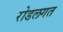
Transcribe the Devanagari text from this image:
रोडलगत